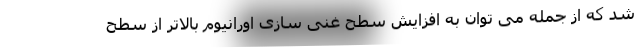
شد که از جمله می توان به افزایش سطح غنی سازی اورانیوم بالاتر از سطح